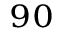
^ { 9 0 }